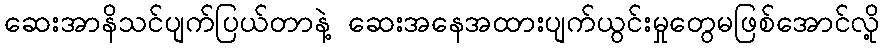
ဆေးအာနိသင်ပျက်ပြယ်တာနဲ့ ဆေးအနေအထားပျက်ယွင်းမှုတွေမဖြစ်အောင်လို့